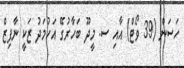
ހަސަން (39 ވޯޓް) އާއި ސ. މީދޫ ބަހާރުގޭ އަހުމަދު ޒަކީ ނާފިޒް